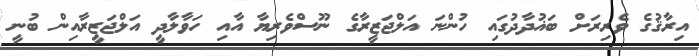
އިރާޤުގެ ވެރިރަށް ބަޣުދާދުގައި ހުންނަ އަލްޖަޒީރާގެ ނޫސްވެރިޔާ އާއި ހަވާލާދީ އަލްޖަޒީރާއިން ބުނީ